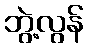
ဘွဲ့လွန်